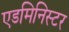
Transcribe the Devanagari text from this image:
एडमिनिस्टर